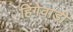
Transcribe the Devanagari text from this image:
हिंगेवाडी